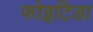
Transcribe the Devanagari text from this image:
फोइटिडा